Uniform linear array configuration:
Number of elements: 12
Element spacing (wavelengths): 0.25
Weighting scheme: blackman
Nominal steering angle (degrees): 15
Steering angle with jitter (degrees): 13.044
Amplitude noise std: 0.05
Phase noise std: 0.05

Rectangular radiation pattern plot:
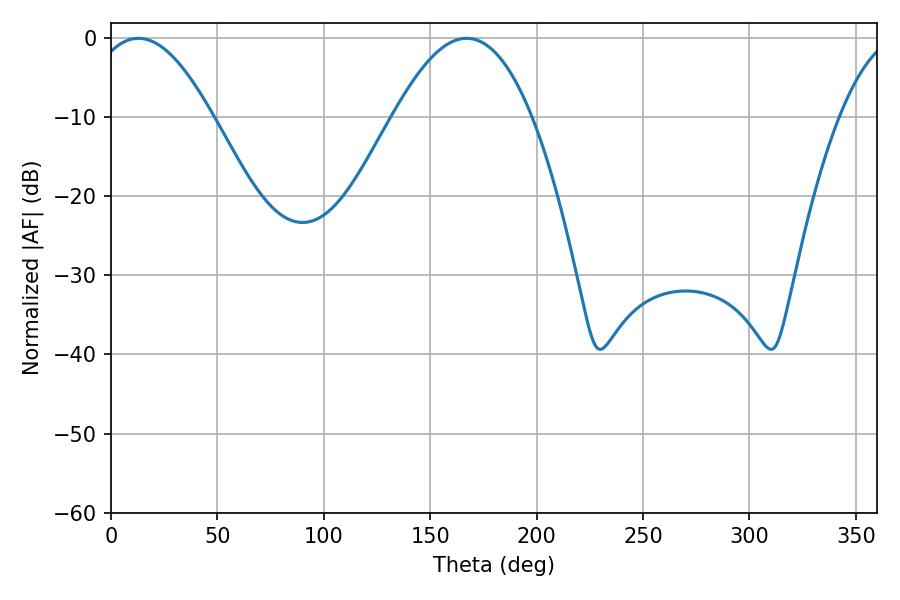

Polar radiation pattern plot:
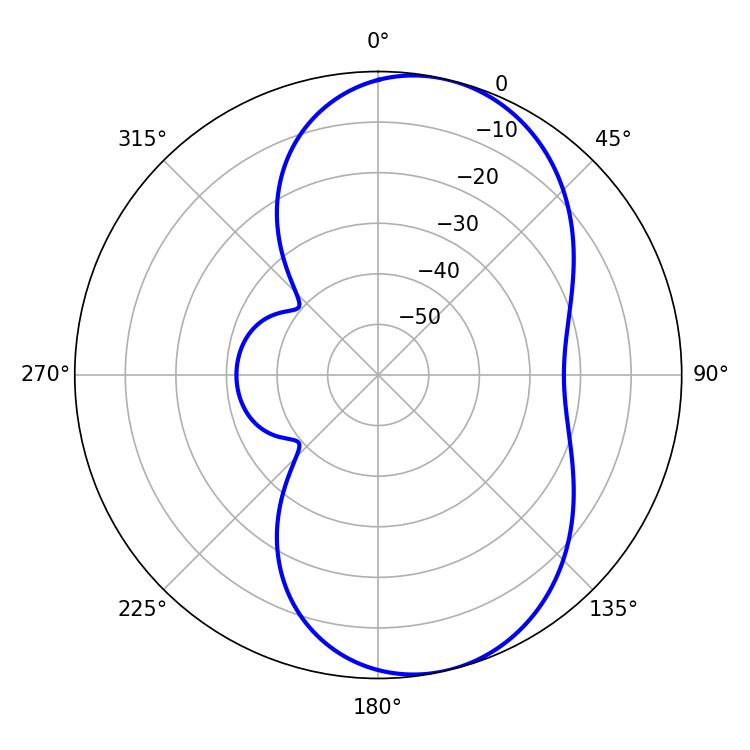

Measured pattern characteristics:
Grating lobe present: FALSE
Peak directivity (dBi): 7.855
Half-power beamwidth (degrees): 31.32
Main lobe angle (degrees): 12.96